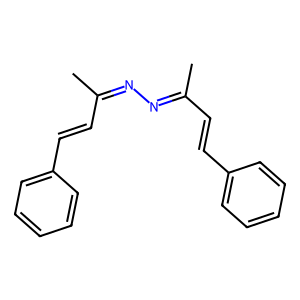
SMILES: CC(C=Cc1ccccc1)=NN=C(C)C=Cc1ccccc1
Inhibits HIV replication: No